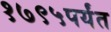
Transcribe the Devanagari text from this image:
१७९५पर्यंत